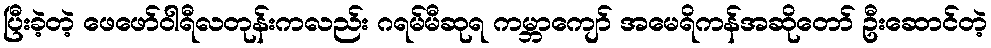
ပြီးခဲ့တဲ့ ဖေဖော်ဝါရီလတုန်းကလည်း ဂရမ်မီဆုရ ကမ္ဘာကျော် အမေရိကန်အဆိုတော် ဦးဆောင်တဲ့